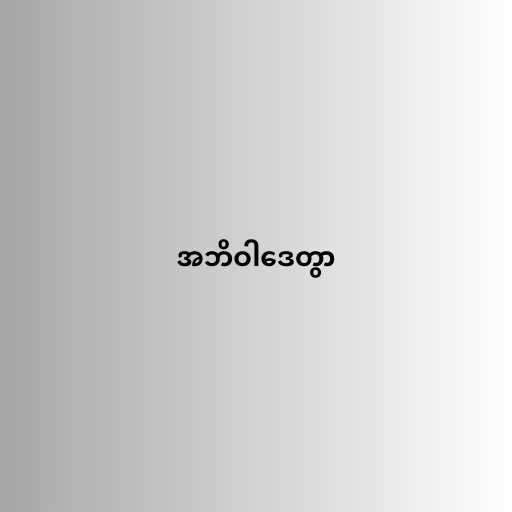
အဘိဝါဒေတွာ